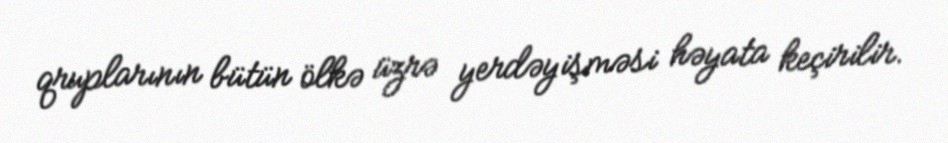
qruplarının bütün ölkə üzrə yerdəyişməsi həyata keçirilir.